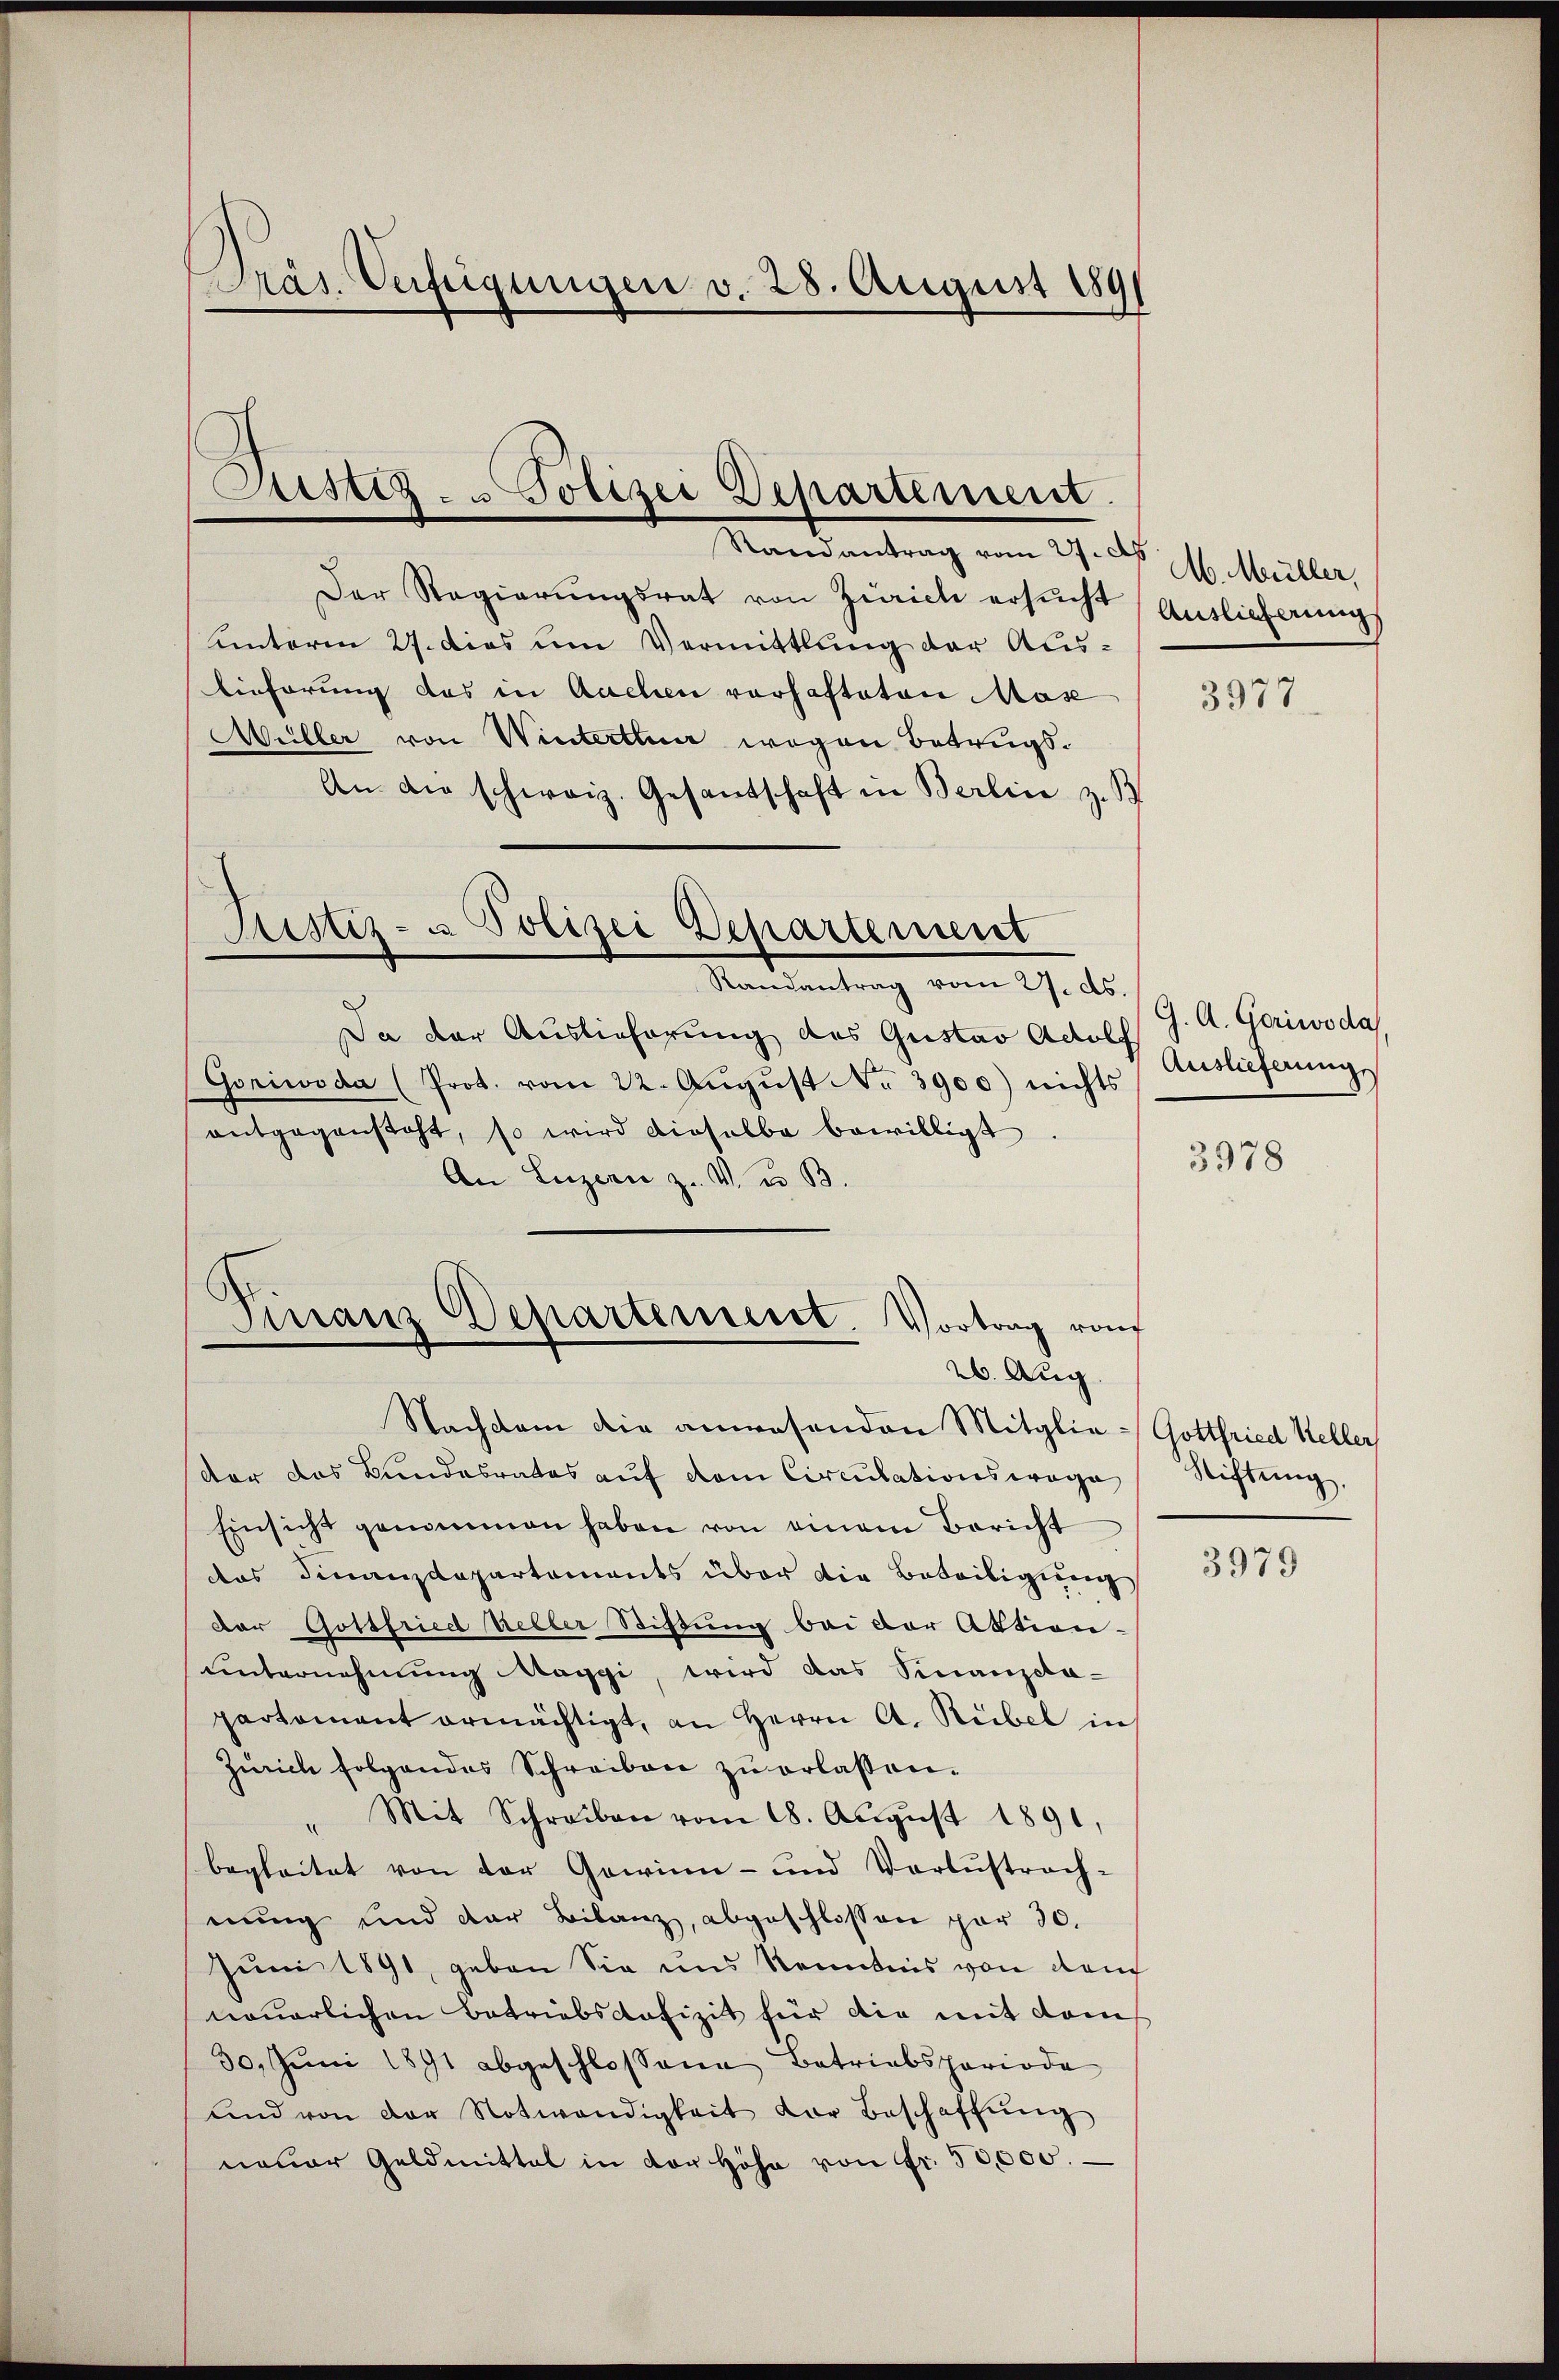
Präs. Verfügungen v. 28. August 1891

Sistig- u Polizei Departement.

Randantrag vom 27. d. M. Müller,
Der Regierŭngsrat von Zürich ersŭcht Auslieferung
unterm 27. dies um Vermittlung der Aus¬
Eieferung des in Aachen vorhafteten Mas
Wüller von Winterthur wegen Betrugs¬
An die schweiz. Gesandschaft in Berlin z. B

Sistiz- & Polizei Departement
Randantrag vom 27. ds.

Finanz Departeniesst. Vortrag von
26. Aug.

Da der Auslieferung des Gustav Adolf
Goriwoda (Prot. vom 22. Aŭgŭst No. 3900) nichts
entgegensteht, so wird dieselbe bewilligt
An Luzern z. V. u. B.
Nachdem die anwesenden Mitglie-
der das Bundesrates auf dem Circulationswage
Einsicht genommen haben von einem Bericht
das Finanzdepartements über die Beteiligung
der Gottfried heller Stiftung bei der Aktion-
unternehmung Maggi, wird das Finanzca-
partement ermächtigt, an Herrn A. Rübel in
Zürich folgendes Schreiben zŭ erlassen.
" Mit Schreiben vom 18. Aŭgŭst 1891,
begleitet von der Gewinn- und Verlustrach-
nung und der Bilanz, abgeschlossen par 30.
Juni 1891, geben Sie uns Kenntnis von dem
nauerlichen Betriebsdofizit für die mit dem
30. Juni 1891 abgeschlossene Betriebsperiode
und von der Notwendigkeit der Beschaffŭng
neuer Geldmittal in der Höhe von Fr. 50,000.

3977.

G. A. Goriwoda
Auslieferung,

3978

Gottfried Keller,
Stiftung.

3979